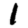
Digit: 1